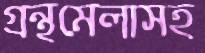
গ্রন্থমেলাসহ